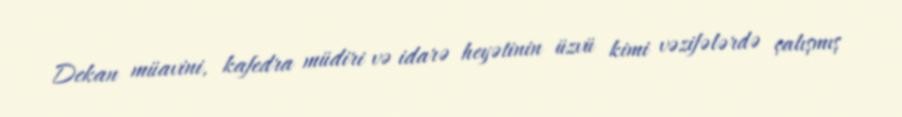
Dekan müavini, kafedra müdiri və idarə heyətinin üzvü kimi vəzifələrdə çalışmış